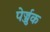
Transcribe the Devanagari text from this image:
पेर्ज्जुक